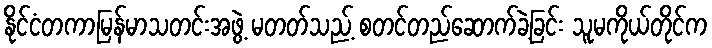
နိုင်ငံတကာမြန်မာသတင်းအဖွဲ့ မတတ်သည့် စတင်တည်ဆောက်ခဲ့ခြင်း သူမကိုယ်တိုင်က